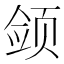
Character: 𱂫